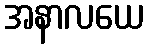
အနာလယေ